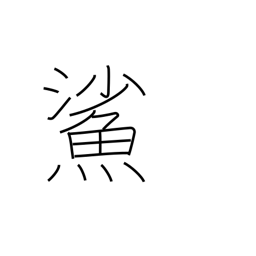
Meaning: goby (fish)